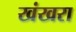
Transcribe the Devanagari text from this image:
खंखरा